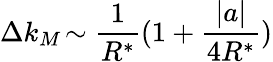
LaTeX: \Delta k_{M}\! \sim\frac{1}{R^{*}}(1+\frac{|a|}{4R^{*}})